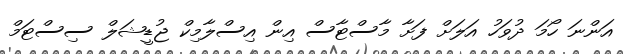
އަންނަ ހޯމަ ދުވަހު އަލަށް ފަށާ މާސްޓާސް އިން އިސްލާމިކް ޖުޑީޝަލް ސިސްޓަމް